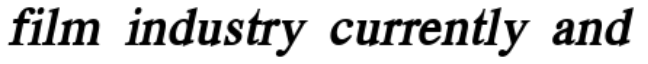
film industry currently and